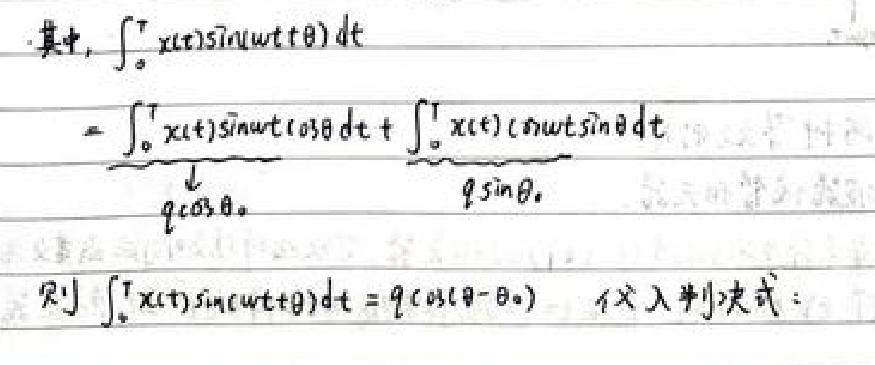
其中, $\int_{0}^{T} x(t) \sin (\omega t+\theta) dt$

$=\underbrace{\int_{0}^{T} x(t) \sin \omega t \cos \theta dt}_{q \cos \theta}+\underbrace{\int_{0}^{T} x(t) \cos \omega t \sin \theta dt}_{q \sin \theta}$

则 $\int_{0}^{T} x(t) \sin (\omega t+\theta) dt = q \cos (\theta - \theta_{0})$ 代入判决式: